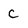
Character: C